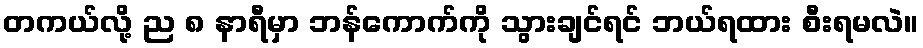
တကယ်လို့ ည ၈ နာရီမှာ ဘန်ကောက်ကို သွားချင်ရင် ဘယ်ရထား စီးရမလဲ။